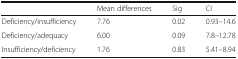
<table><thead><tr><td></td><td><b>Mean differences</b></td><td><b>Sig</b></td><td><b>CI</b></td></tr></thead><tbody><tr><td>Deficiency/insufficiency</td><td>7.76</td><td>0.02</td><td>0.93–14.6</td></tr><tr><td>Deficiency/adequacy</td><td>6.00</td><td>0.09</td><td>7.8–12.78</td></tr><tr><td>Insufficiency/deficiency</td><td>1.76</td><td>0.83</td><td>5.41–8.94</td></tr></tbody></table>